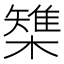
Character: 𣜫